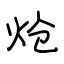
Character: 炝